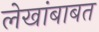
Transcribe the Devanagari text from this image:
लेखांबाबत